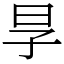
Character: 㫗